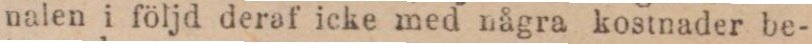
nalen i följd deraf icke med några kostnader be-